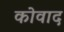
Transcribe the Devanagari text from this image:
कोवाद